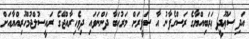
އަދި ސަޢޫދީ ޢަރަބިއްޔާގެ ރަސްގެފާނު އާ ސަފީރަށް މަރުޙަބާ ދަންނަވައި ދިވެހިރާއްޖޭގެ ރައީސުލްޖުމްހޫރިއްޔާއަށް